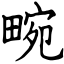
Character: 畹